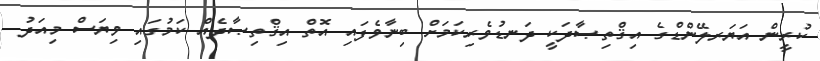
ކުރީން އަޔަރލޭންޑްގެ އިޤްތިޞާދަކީ ދަނޑުވެރިކަމަށް ބިނާވެފައި އޮތް އިޤްތިޞާދެއް ކަމުގައި ވިޔަސް މިއަދު